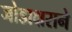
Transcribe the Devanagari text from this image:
जोडाक्षराने